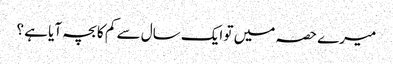
میرے حصہ میں تو ایک سال سے کم کا بچہ آیا ہے ؟